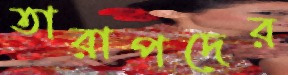
তারাপদের